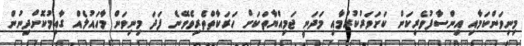
މިނިވަންކަމާއި އިންސާފުވެރިކަން ކަށަވަރުކުރުމާއި މަދަނީ ޖަމިއްޔާތަކަށް ހަރަކާތްތެރިވެވޭނެ ފަދަ މިނިވަން މާހައުލެއް ގާއިމުކޮށްދިނުން